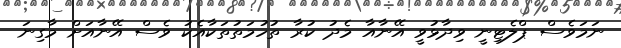
ނަމަވެސް ޕްލެޓިނީ ވިދާޅުވީ އޭނާއާ މެދު ކުރާ ތުހުމަތުތަކާއެކު ވެސް އޭނާއަށް މާގިނަ